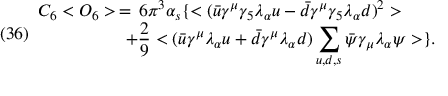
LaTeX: ( 3 6 ) \begin{array} { l l } { { C _ { 6 } < O _ { 6 } > \, = \, 6 \pi ^ { 3 } \alpha _ { s } \{ < ( { \bar { u } } \gamma ^ { \mu } \gamma _ { 5 } \lambda _ { \alpha } u - { \bar { d } } \gamma ^ { \mu } \gamma _ { 5 } \lambda _ { \alpha } d ) ^ { 2 } > } } \\ { { \; \; \; \; \; \; \; \; \; \; \; \; \; \; \; \; \; \; + \displaystyle { \frac { 2 } { 9 } < ( { \bar { u } } \gamma ^ { \mu } \lambda _ { \alpha } u + { \bar { d } } \gamma ^ { \mu } \lambda _ { \alpha } d ) \sum _ { u , d , s } { \bar { \psi } } \gamma _ { \mu } \lambda _ { \alpha } \psi > \} } . } } \end{array}